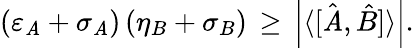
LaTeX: (\varepsilon_{\mathit{A}}+\sigma_{\mathit{A}})\, (\eta_{B}+\sigma_{B})\, \geq\, \left|\langle[{\hat{{\mathit{A}}}},{\hat{{B}}}]\rangle\right|.